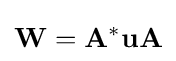
\mathbf {W} =\mathbf {A} ^{*}\mathbf {uA}